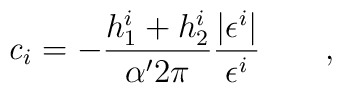
{\it c}_i=-\frac{h_1^i+h_2^i}{\alpha ^{\prime }2\pi }\frac{\left| \epsilon^i\right| }{\epsilon ^i}\qquad ,